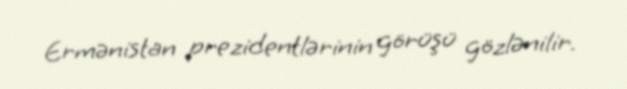
Ermənistan prezidentlərinin görüşü gözlənilir.